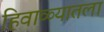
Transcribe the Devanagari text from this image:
हिवाळ्यातला